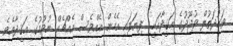
ވަޙުދަތުލް ވުޖޫދުގެ ޢަޤީދާއަކީ  ފިޔަވައި އެހެން އެއްވެސް އެއްޗެއް ނުވުމުގެ ޢަޤީދާއެވެ.